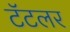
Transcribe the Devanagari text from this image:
टॅटलर